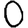
Digit: 0